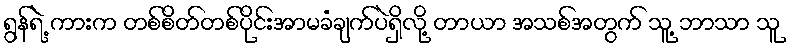
ရွန်ရဲ့ ကားက တစ်စိတ်တစ်ပိုင်းအာမခံချက်ပဲရှိလို့ တာယာ အသစ်အတွက် သူ့ ဘာသာ သူ